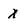
Character: X